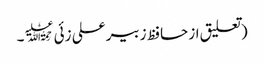
(تعلیق از حافظ زبیر علی زئی﷫۔